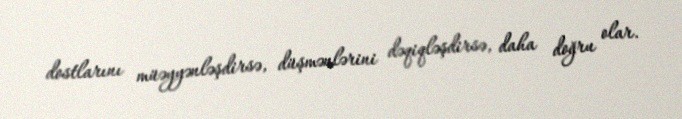
dostlarını müəyyənləşdirsə, düşmənlərini dəqiqləşdirsə, daha doğru olar.